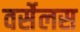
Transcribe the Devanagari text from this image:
वर्सेलस